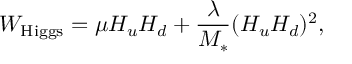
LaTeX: W _ { \mathrm { H i g g s } } = \mu H _ { u } H _ { d } + { \frac { \lambda } { M _ { * } } } ( H _ { u } H _ { d } ) ^ { 2 } ,